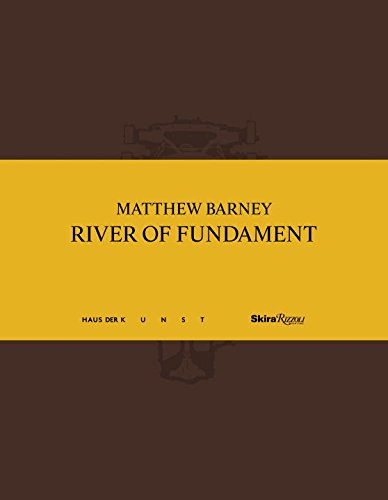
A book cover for Matthew Barney: River of Fundament; Okwui Enwezor; Arts & Photography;